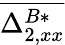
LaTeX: \overline{{\Delta_{2,xx}^{B*}}}